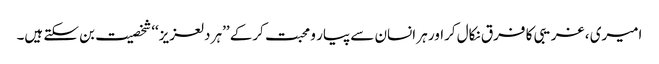
امیری ، غریبی کا فرق نکال کراور ہر انسان سے پیار و محبت کرکے ’’ہر دلعزیز‘‘ شخصیت بن سکتے ہیں۔